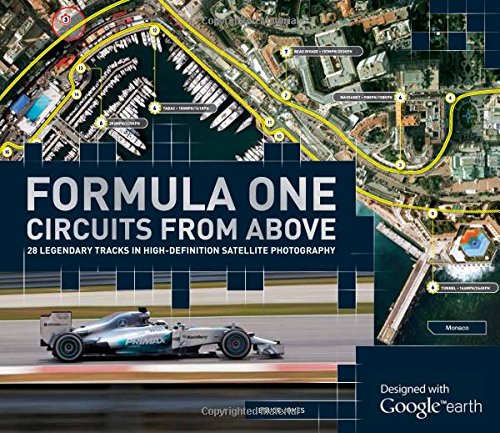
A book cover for Formula One Circuits from Above: 28 Legendary Tracks in High-Definition Satellite Photography; Bruce Jones; Arts & Photography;